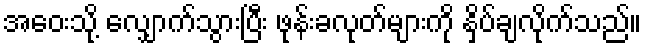
အဝေးသို့ လျှောက်သွားပြီး ဖုန်းခလုတ်များကို နှိပ်ချလိုက်သည်။